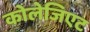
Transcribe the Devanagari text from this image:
कोलेजिएट